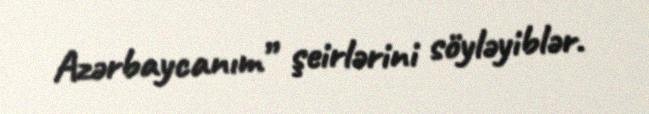
Azərbaycanım” şeirlərini söyləyiblər.